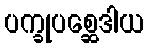
ပက္ခုပစ္ဆေဒါယ